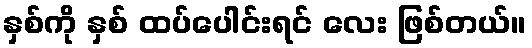
နှစ်ကို နှစ် ထပ်ပေါင်းရင် လေး ဖြစ်တယ်။